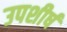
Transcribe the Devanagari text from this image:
उपशीर्ष